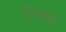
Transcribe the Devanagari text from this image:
लिंक्स्